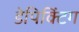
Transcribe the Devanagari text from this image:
डेपिक्टिंग